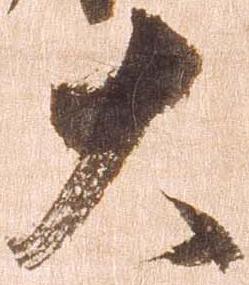
大